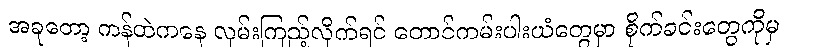
အခုတော့ ကန်ထဲကနေ လှမ်းကြည့်လိုက်ရင် တောင်ကမ်းပါးယံတွေမှာ စိုက်ခင်းတွေကိုမှ